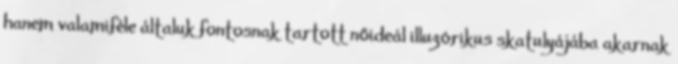
hanem valamiféle általuk fontosnak tartott nőideál illuzórikus skatulyájába akarnak